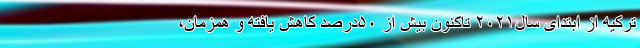
ترکیه از ابتدای سال‌۲۰۲۱ تاکنون بیش از ۵۰درصد کاهش یافته و همزمان،